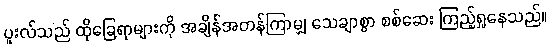
ပူးလ်သည် ထိုခြေရာများကို အချိန်အတန်ကြာမျှ သေချာစွာ စစ်ဆေး ကြည့်ရှုနေသည်။